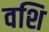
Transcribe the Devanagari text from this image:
वशि